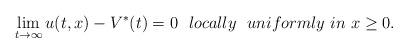
LaTeX: \begin{align*}\lim_{t\to\infty}u(t,x)-V^*(t)=0\ \ locally \ \ uniformly \ in \ x\ge 0.\end{align*}